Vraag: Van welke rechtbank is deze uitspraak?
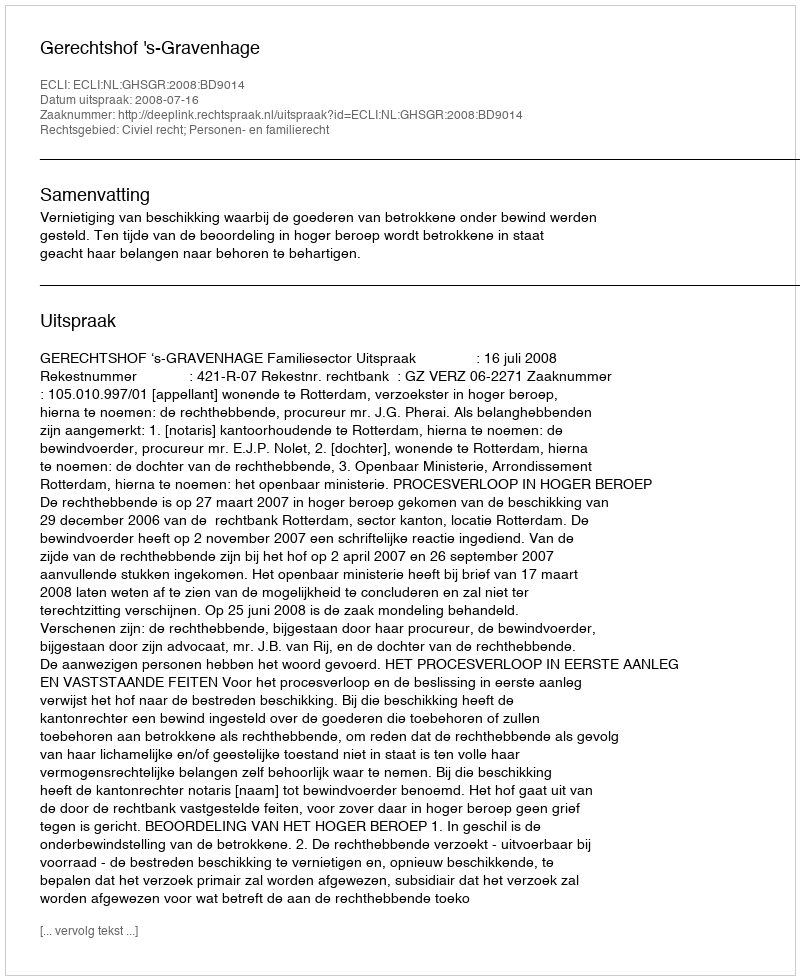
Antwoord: Gerechtshof 's-Gravenhage